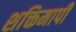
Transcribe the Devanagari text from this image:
शक्तिमापी